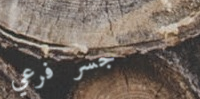
جسر فرعي